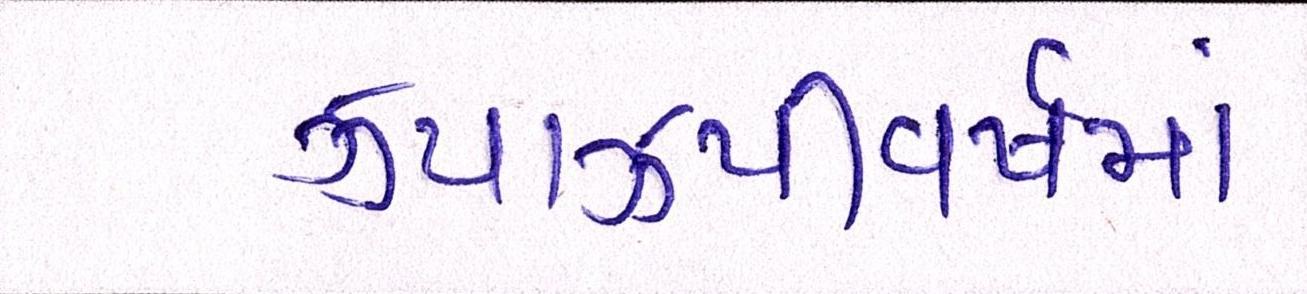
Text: ઝપાઝપીવર્ષમાં